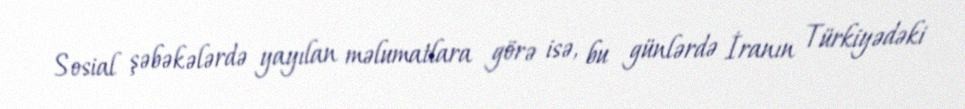
Sosial şəbəkələrdə yayılan məlumatlara görə isə, bu günlərdə İranın Türkiyədəki